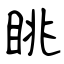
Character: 眺